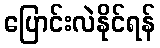
ပြောင်းလဲနိုင်ရန်